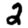
Digit: 2